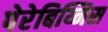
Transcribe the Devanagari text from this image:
पेरेबिय्निस